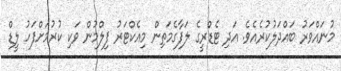
މުނައްވަރު ބައްދަލުކުރެއެވެ. އަދި ޓެޑްރީގެ ލަފާގެމަތިން މިއެކްޓަރު ފިލްމުން ވަކި ކުރުމަށްފަހު ލީޑް